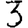
Digit: 3